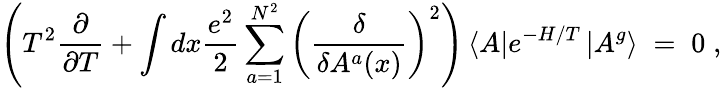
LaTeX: \left(T^{2}\frac{\partial}{\partial T}+\int dx\frac{e^{2}}{2}\sum_{a=1}^{N^{2}}\left(\frac{\delta}{\delta A^{a}(x)}\right)^{2}\right)\left<A\right|e^{-H/T}\left|A^{g}\right>\; =\; 0\; ,